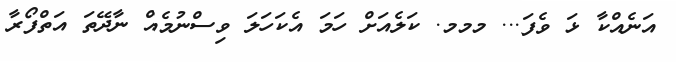
އަނެއްކާ ޅަ ވެފަ... މމމ. ކަލެއަށް ހަމަ އެކަހަލަ ވިސްނުމެއް ނާދޭތަ އަތްފޯރާ